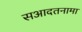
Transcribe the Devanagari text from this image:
सआदतनामा